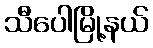
သီပေါမြို့နယ်